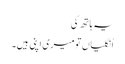
یہ ہاتھ کی
اُنگلیاں تو میری اپنی ہیں۔